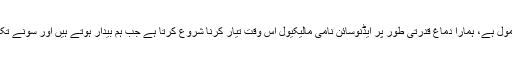
دن بھر کے کاموں کے دوران تھکاوٹ ہوجانا ایک عام معمول ہے، ہمارا دماغ قدرتی طور پر ایڈنوسائن نامی مالیکیول اس وقت تیار کرنا شروع کرتا ہے جب ہم بیدار ہوتے ہیں اور سونے تک یہ سلسلہ جاری رہتا ہے جو کہ نیند کے لیے بھی اہم ہے۔